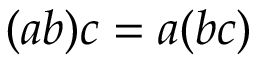
( a b ) c = a ( b c )